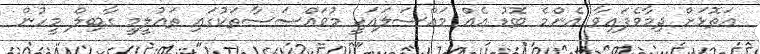
އަތޮޅަށް ދިމާވެފައިވާ އެންމެ ބޮޑު އެއް މައްސަލައަކީ މުވައްސަސާތަކުގައި ތައުލީމީ ގާބިލް މީހުން